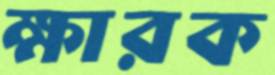
ক্ষারক